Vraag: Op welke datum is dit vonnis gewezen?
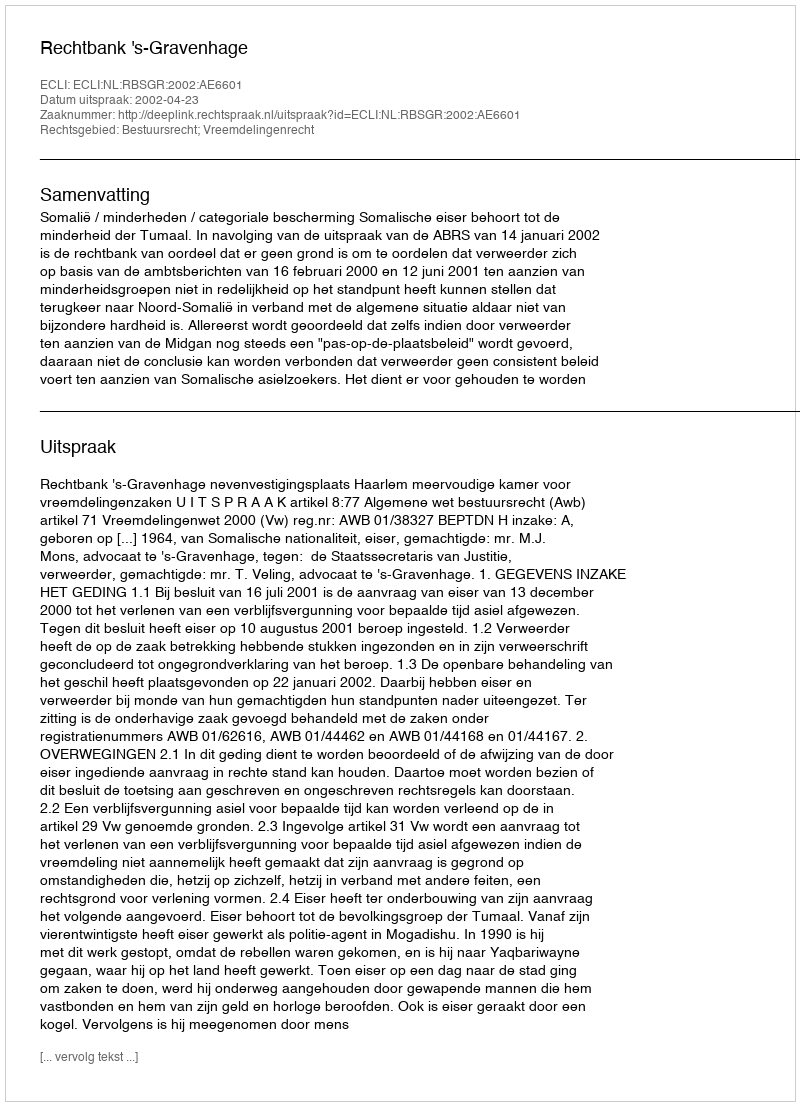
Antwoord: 2002-04-23